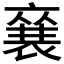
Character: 𮖚